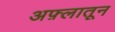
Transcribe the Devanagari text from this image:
अफ़्लातून